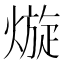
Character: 𱬊